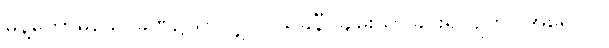
မိန့်တော်မူသောခဏ၌သာလျှင်။ သုခိနီ၊ ချမ်းသာခြင်းရှိလျက်။ အရောဂါ၊